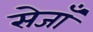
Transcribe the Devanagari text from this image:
सेजाँ